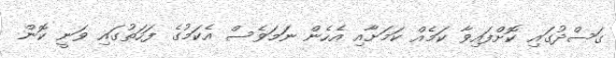
ގަސްދުގައި ކޮށްފައިވާ ކަމެއް ކަމަށާއި އެހެން ނަމަވެސް އެކަމުގެ ފަހަތުގައި ވަނީ ކޮން